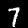
Digit: 7